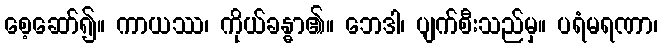
စေ့ဆော်၍။ ကာယဿ၊ ကိုယ်ခန္ဓာ၏။ ဘေဒါ၊ ပျက်စီးသည်မှ။ ပရံမရဏာ၊